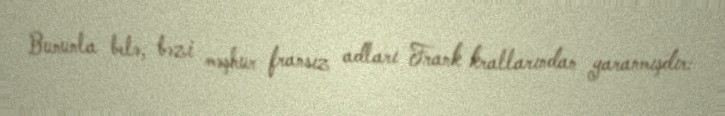
Bununla belə, bəzi məşhur fransız adları Frank krallarından yaranmışdır: